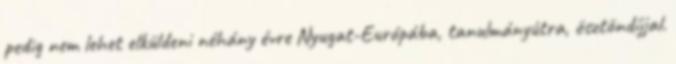
pedig nem lehet elküldeni néhány évre Nyugat-Európába, tanulmányútra, ösztöndíjjal.